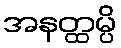
အနတ္ထမ္ပိ